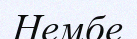
Нембе